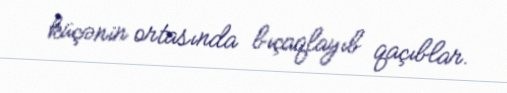
küçənin ortasında bıçaqlayıb qaçıblar.